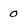
Character: 0